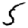
Digit: 5